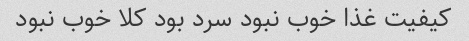
کیفیت غذا خوب نبود سرد بود کلا خوب نبود